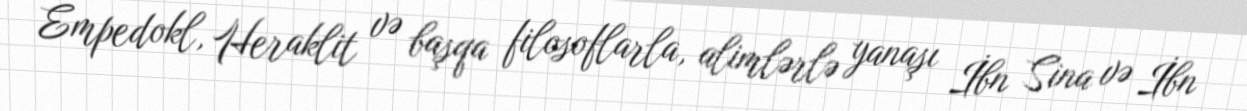
Empedokl, Heraklit və başqa filosoflarla, alimlərlə yanaşı İbn Sina və İbn